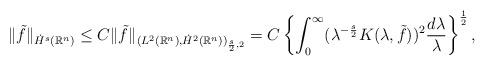
LaTeX: \begin{align*}\| \tilde{f} \|_{\dot H^s(\mathbb R^n)}\le C \| \tilde{f} \|_{(L^2(\mathbb R^n), \dot H^2(\mathbb R^n))_{\frac{s}{2},2}}= C\left\{\int_0^\infty (\lambda^{-\frac{s}{2}} K(\lambda, \tilde{f}))^2\frac{d\lambda}{\lambda}\right\}^\frac12,\end{align*}